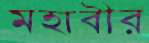
মহাবীর